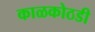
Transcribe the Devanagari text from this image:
काळकोठडी